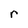
Character: r